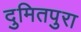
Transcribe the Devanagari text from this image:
दुमितपुरा